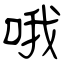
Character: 哦